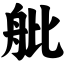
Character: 舭